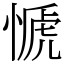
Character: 㥴